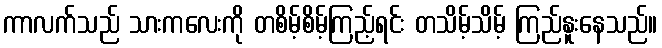
ကာလက်သည် သားကလေးကို တစိမ့်စိမ့်ကြည့်ရင်း တသိမ့်သိမ့် ကြည်နူးနေသည်။